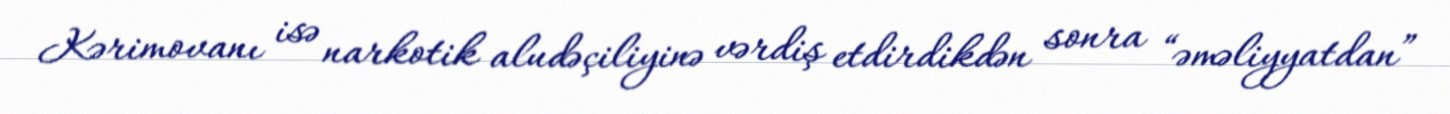
Kərimovanı isə narkotik aludəçiliyinə vərdiş etdirdikdən sonra “əməliyyatdan”